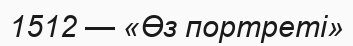
1512 — «Өз портреті»